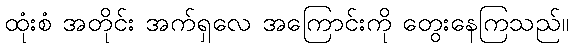
ထုံးစံ အတိုင်း အက်ရှလေ အကြောင်းကို တွေးနေကြသည်။